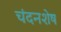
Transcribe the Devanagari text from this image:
चंदनशेष